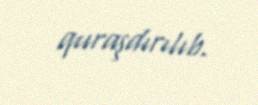
quraşdırılıb.